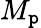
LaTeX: M_{\mathtt{p}}